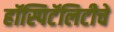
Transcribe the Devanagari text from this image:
हॉस्पिटॅलिटीचे